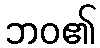
ဘဝ၏